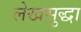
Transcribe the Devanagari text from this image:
लेखसुद्धा